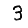
Digit: 3